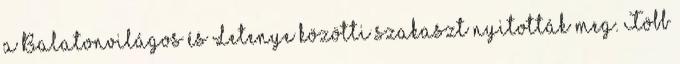
a Balatonvilágos és Letenye közötti szakaszt nyitották meg. Több